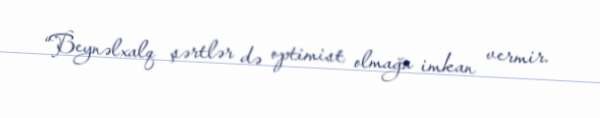
“Beynəlxalq şərtlər də optimist olmağa imkan vermir.